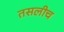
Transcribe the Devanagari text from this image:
तसलीच